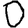
Digit: 0